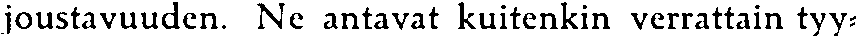
joustavuuden. Ne antavat kuitenkin verrattain tyy-